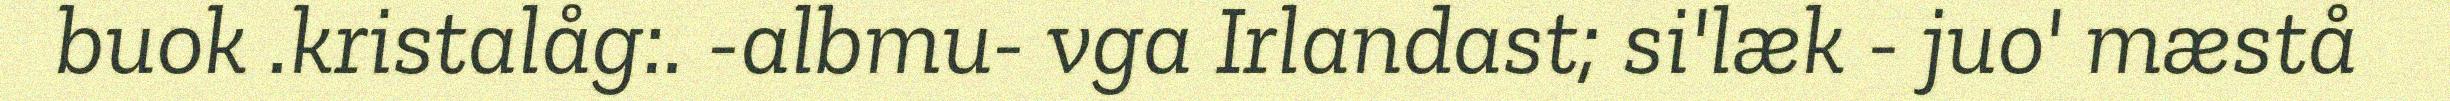
buok .kristalåg:. -albmu- vga Irlandast; si'læk - juo' mæstå